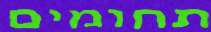
תחומים